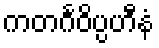
ကတင်္ဂဝိပ္ပဟီနံ